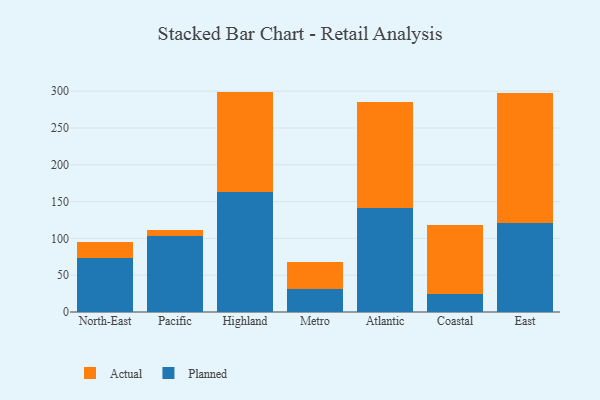
{"axis": {"x": "Region", "y": "Waste Production (Tons)"}, "legend": ["Actual", "Planned"], "data": [{"x": "North-East", "y": 72.9, "type": "Planned"}, {"x": "North-East", "y": 21.7, "type": "Actual"}, {"x": "Pacific", "y": 102.8, "type": "Planned"}, {"x": "Pacific", "y": 8.6, "type": "Actual"}, {"x": "Highland", "y": 163.3, "type": "Planned"}, {"x": "Highland", "y": 136.1, "type": "Actual"}, {"x": "Metro", "y": 31.1, "type": "Planned"}, {"x": "Metro", "y": 36.7, "type": "Actual"}, {"x": "Atlantic", "y": 141.7, "type": "Planned"}, {"x": "Atlantic", "y": 143.1, "type": "Actual"}, {"x": "Coastal", "y": 24.9, "type": "Planned"}, {"x": "Coastal", "y": 93.7, "type": "Actual"}, {"x": "East", "y": 121.5, "type": "Planned"}, {"x": "East", "y": 176.1, "type": "Actual"}]}